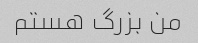
من بزرگ هستم